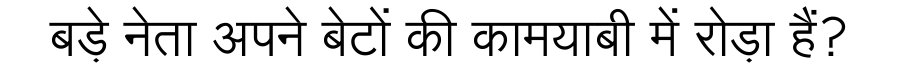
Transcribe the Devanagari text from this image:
बड़े नेता अपने बेटों की कामयाबी में रोड़ा हैं?